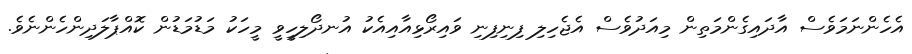
އެހެންނަމަވެސް އާދައިގެންމަތިން މިއަދުވެސް އެޖެހިލި ފިނިފިނި ވައިރޯޅިއާއިއެކު އުނދޯލިހީވީ މީހަކު މަޑުމަޑުން ކޮއްޕާލަދިންހެންނެވެ.